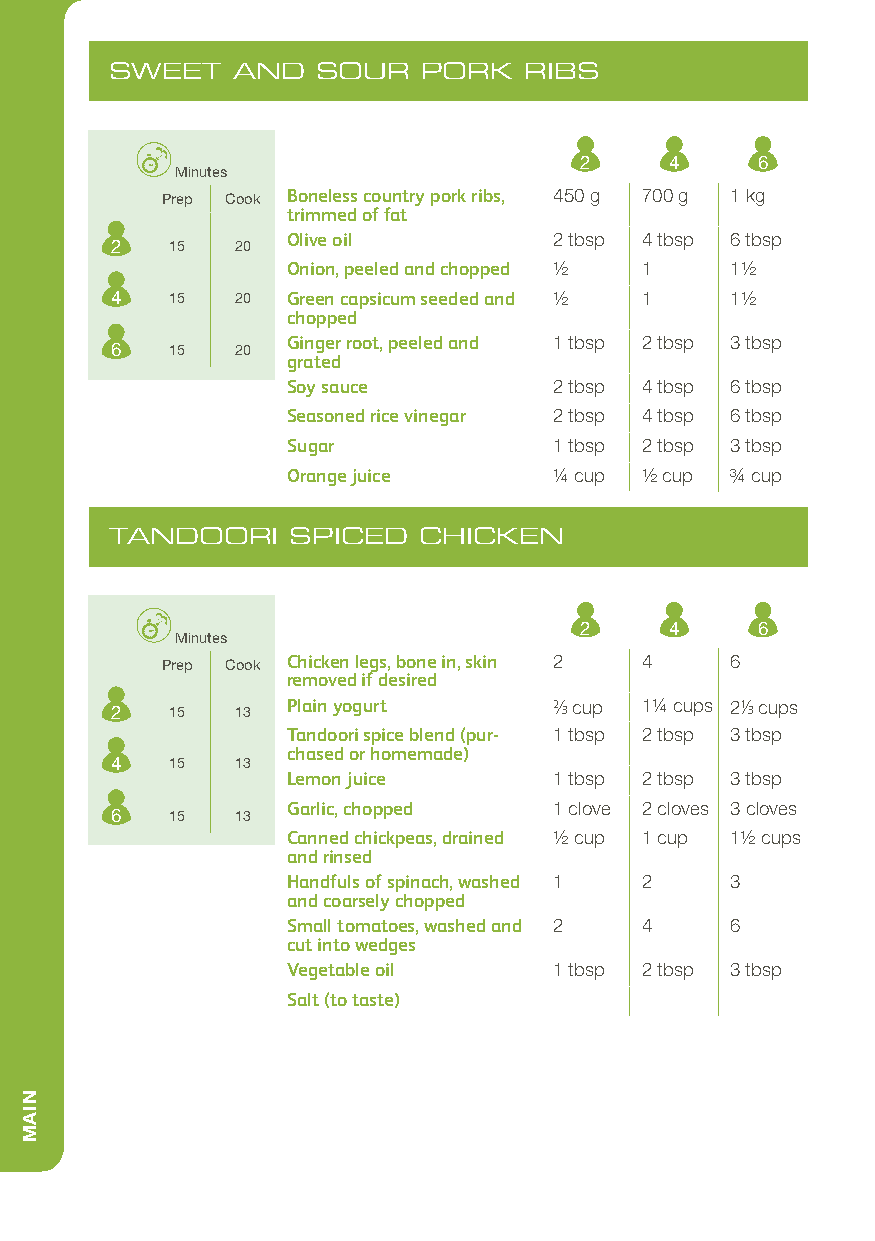
SWEET   AND   SOUR   PORK   RIBS
 2     4     6
 Minutes
 Prep Cook Boneless country pork ribs, 450 g 700 g 1 kg
 trimmed of fat
 Olive oil         2 tbsp 4 tbsp 6 tbsp
 2   15   20
 Onion, peeled and chopped 1/2 1 11/2
 4   15   20 Green capsicum seeded and 1/2 1 11/2
 chopped
 Ginger root, peeled and 1 tbsp 2 tbsp 3 tbsp
 6   15   20
 grated
 Soy sauce         2 tbsp 4 tbsp 6 tbsp
 Seasoned rice vinegar 2 tbsp 4 tbsp 6 tbsp
 Sugar             1 tbsp 2 tbsp 3 tbsp
 Orange juice      1/4 cup 1/2 cup 3/4 cup
 TANDOORI    SPICED   CHICKEN
 2     4     6
 Minutes
 Prep Cook Chicken legs, bone in, skin 2 4 6
 removed if desired
 2   15   13 Plain yogurt      2/3 cup 11/4 cups 21/3 cups
 Tandoori spice blend (pur- 1 tbsp 2 tbsp 3 tbsp
 chased or homemade)
 4   15   13
 Lemon juice       1 tbsp 2 tbsp 3 tbsp
 Garlic, chopped   1 clove 2 cloves 3 cloves
 6   15   13
 Canned chickpeas, drained 1/2 cup 1 cup 11/2 cups
 and rinsed
 Handfuls of spinach, washed 1 2 3
 and coarsely chopped
 Small tomatoes, washed and 2 4 6
 cut into wedges
 Vegetable oil     1 tbsp 2 tbsp 3 tbsp
 Salt (to taste)
 NIAM